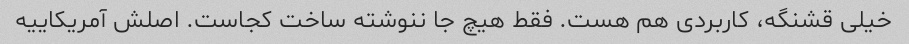
خیلی قشنگه، کاربردی هم هست. فقط هیچ جا ننوشته ساخت کجاست. اصلش آمریکاییه